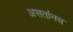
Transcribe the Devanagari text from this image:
असतांनच